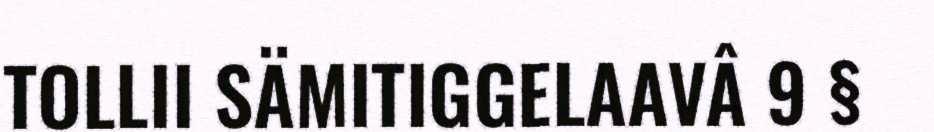
TOLLII SÄMITIGGELAAVÂ 9 §